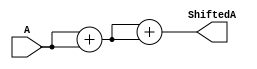
//takes in a value A and shifts it
//twice to the left
module Shifter (A, ShiftedA);
	input [63:0] A;
	output reg [63:0] ShiftedA;
	
	always @(A)
	begin
		ShiftedA = A + A;
		ShiftedA = ShiftedA + ShiftedA;
	end
endmodule